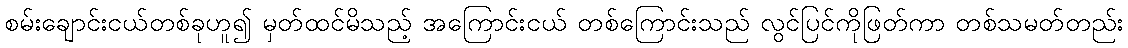
စမ်းချောင်းငယ်တစ်ခုဟူ၍ မှတ်ထင်မိသည့် အကြောင်းငယ် တစ်ကြောင်းသည် လွင်ပြင်ကိုဖြတ်ကာ တစ်သမတ်တည်း